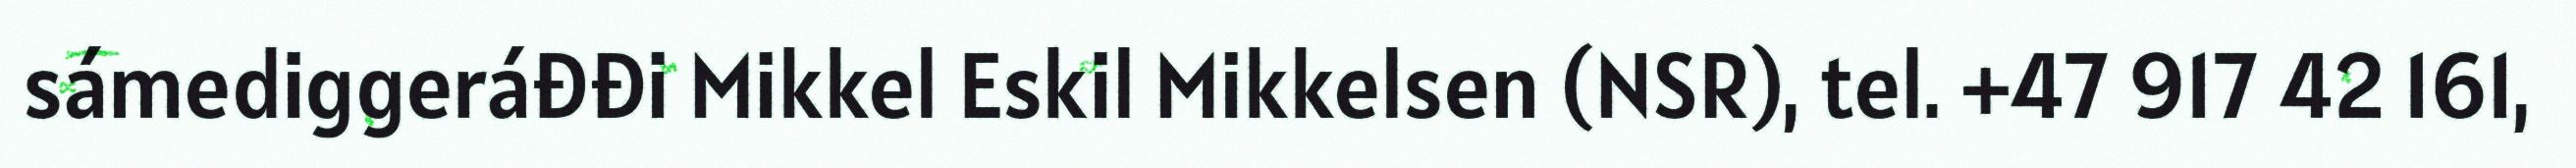
sámediggeráđđi Mikkel Eskil Mikkelsen (NSR), tel. +47 917 42 161,